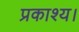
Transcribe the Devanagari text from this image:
प्रकाश्य।